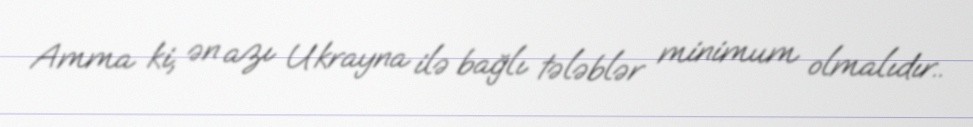
Amma ki, ən azı Ukrayna ilə bağlı tələblər minimum olmalıdır..